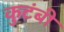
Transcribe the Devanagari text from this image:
कुटंबी